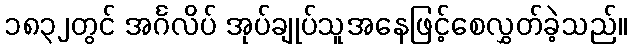
၁၈၃၂တွင် အင်္ဂလိပ် အုပ်ချုပ်သူအနေဖြင့်စေလွှတ်ခဲ့သည်။